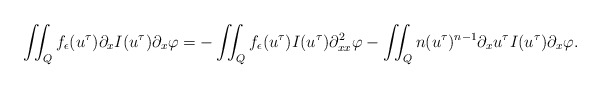
\begin{align*} \iint_Q f_\epsilon(u^\tau) \partial_x I(u^\tau) \partial_x \varphi = -\iint_Q f_\epsilon(u^\tau) I(u^\tau) \partial^2_{xx} \varphi - \iint_Q n (u^\tau)^{n-1} \partial_x u^\tau I(u^\tau) \partial_x \varphi .\end{align*}